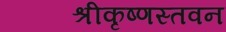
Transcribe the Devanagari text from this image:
श्रीकृष्णस्तवन